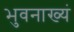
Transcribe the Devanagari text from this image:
भुवनाख्यं